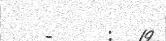
-     :  19